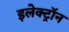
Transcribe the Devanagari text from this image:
इलेक्ट्राॅन